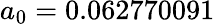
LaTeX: a_{0}=0.062770091